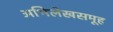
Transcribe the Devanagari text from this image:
अभिलेखसमूह